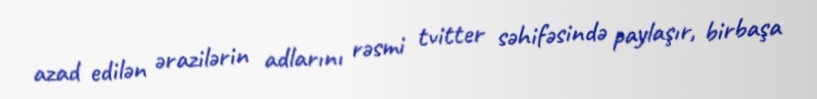
azad edilən ərazilərin adlarını rəsmi tvitter səhifəsində paylaşır, birbaşa